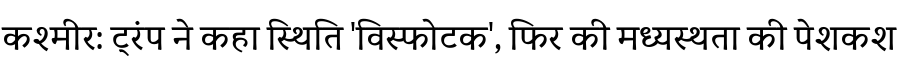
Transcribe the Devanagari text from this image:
कश्मीर: ट्रंप ने कहा स्थिति 'विस्फोटक', फिर की मध्यस्थता की पेशकश